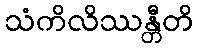
သံကိလိဿန္တီတိ